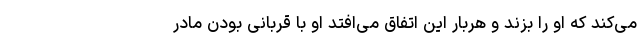
می‌کند که او را بزند و هربار این اتفاق می‌افتد او با قربانی بودن مادر